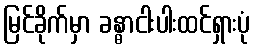
မြင်ခိုက်မှာ ခန္ဓာငါးပါးထင်ရှားပုံ